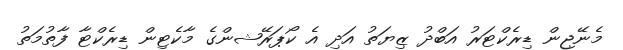
މެނޭޖިން ޑިރެކްޓަރު އަބްދު ޒިޔަތު އަދި އެ ކޯޕަރޭޝންގެ މާކެޓިން ޑިރެކްޓާ ފާތުމަތު